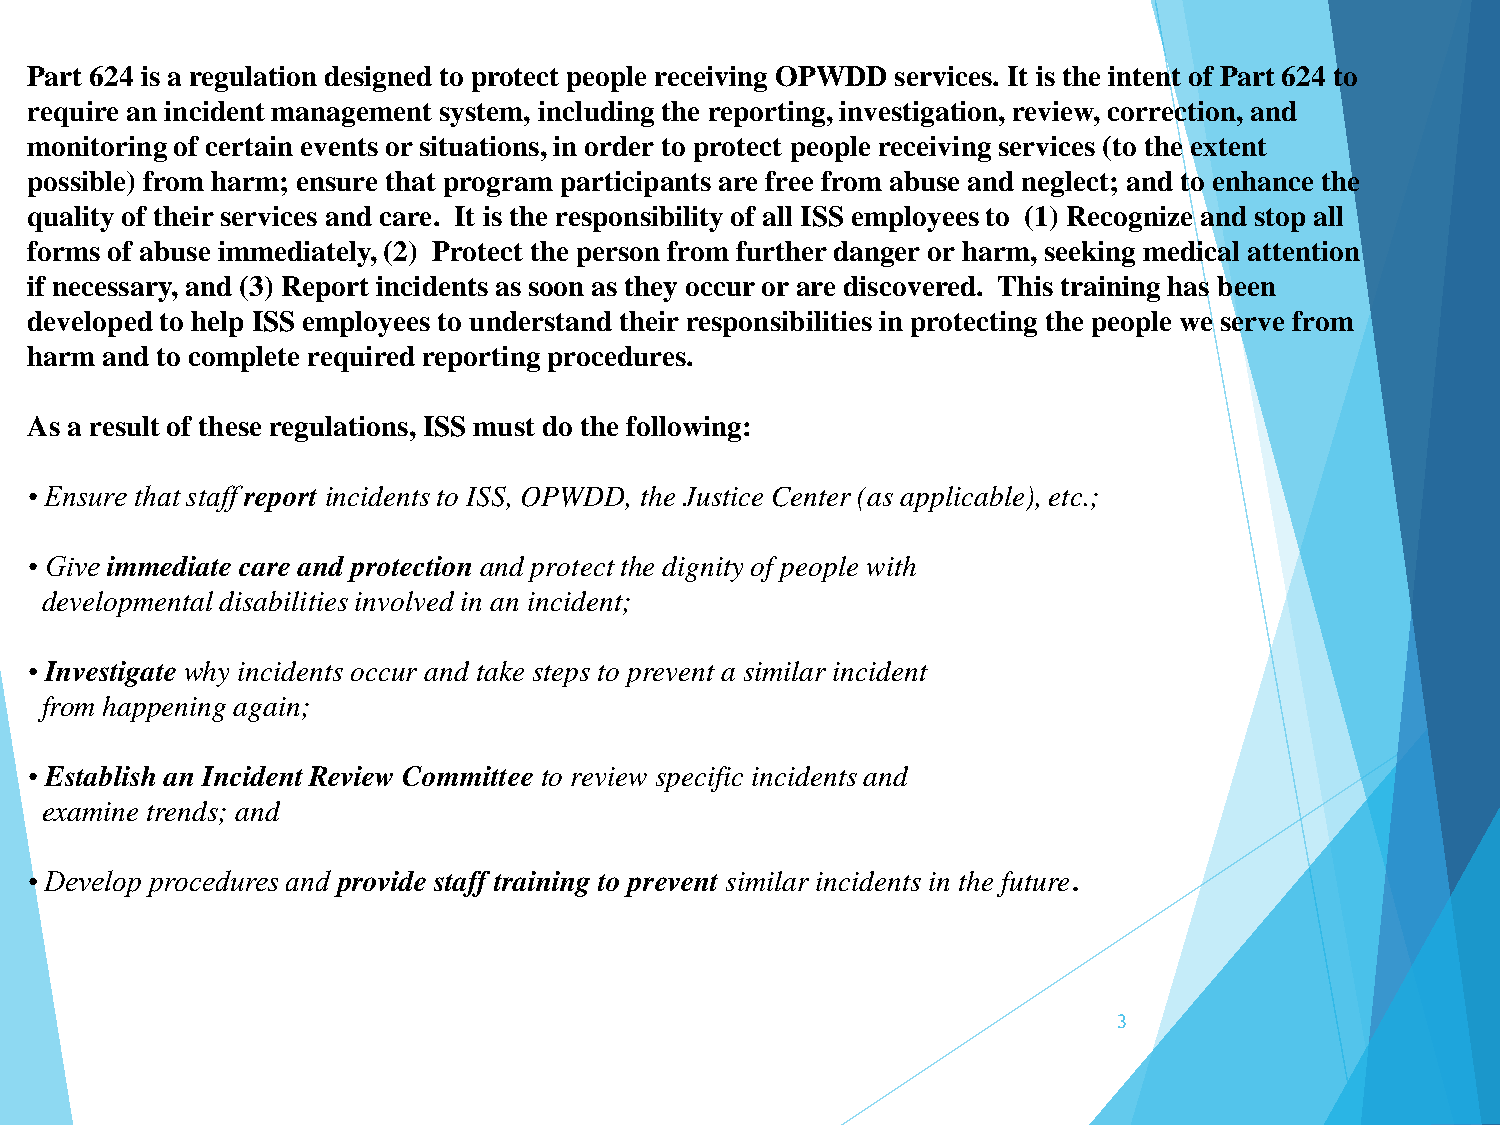
Part 624 is a regulation designed to protect people receiving OPWDD services. It is the intent of Part 624 to
 require an incident management system, including the reporting, investigation, review, correction, and
 monitoring of certain events or situations, in order to protect people receiving services (to the extent
 possible) from harm; ensure that program participants are free from abuse and neglect; and to enhance the
 quality of their services and care. It is the responsibility of all ISS employees to (1) Recognize and stop all
 forms of abuse immediately, (2) Protect the person from further danger or harm, seeking medical attention
 if necessary, and (3) Report incidents as soon as they occur or are discovered. This training has been
 developed to help ISS employees to understand their responsibilities in protecting the people we serve from
 harm and to complete required reporting procedures.
 As a result of these regulations, ISS must do the following:
 • Ensure that staff report incidents to ISS, OPWDD, the Justice Center (as applicable), etc.;
 • Give immediate care and protection and protect the dignity of people with
 developmental disabilities involved in an incident;
 • Investigate why incidents occur and take steps to prevent a similar incident
 from happening again;
 • Establish an Incident Review Committee to review specific incidents and
 examine trends; and
 • Develop procedures and provide staff training to prevent similar incidents in the future.
 3